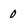
Character: 0